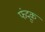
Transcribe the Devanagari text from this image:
फंदूक